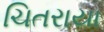
ચિતરાયા